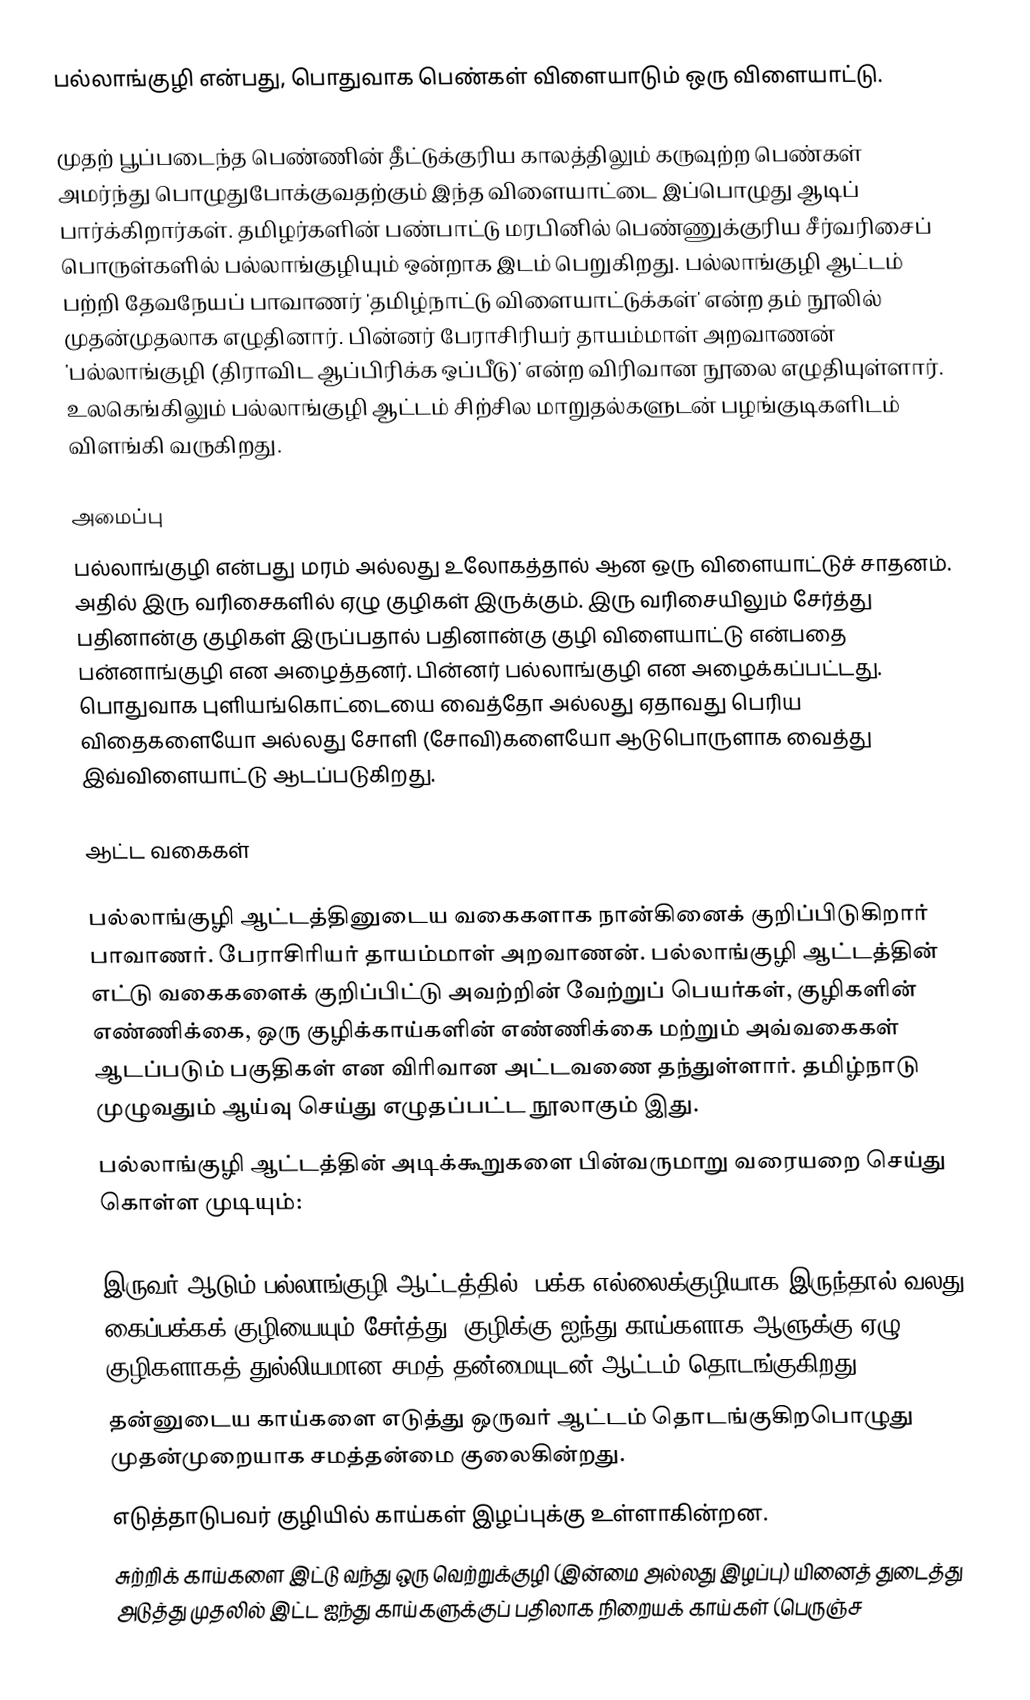
பல்லாங்குழி என்பது, பொதுவாக பெண்கள் விளையாடும் ஒரு விளையாட்டு.

முதற் பூப்படைந்த பெண்ணின் தீட்டுக்குரிய காலத்திலும் கருவுற்ற பெண்கள் அமர்ந்து பொழுதுபோக்குவதற்கும் இந்த விளையாட்டை இப்பொழுது ஆடிப் பார்க்கிறார்கள். தமிழர்களின் பண்பாட்டு மரபினில் பெண்ணுக்குரிய சீர்வரிசைப் பொருள்களில் பல்லாங்குழியும் ஒன்றாக இடம் பெறுகிறது. பல்லாங்குழி ஆட்டம் பற்றி தேவநேயப் பாவாணர் 'தமிழ்நாட்டு விளையாட்டுக்கள்' என்ற தம் நூலில் முதன்முதலாக எழுதினார். பின்னர் பேராசிரியர் தாயம்மாள் அறவாணன் 'பல்லாங்குழி (திராவிட ஆப்பிரிக்க ஒப்பீடு)' என்ற விரிவான நூலை எழுதியுள்ளார். உலகெங்கிலும் பல்லாங்குழி ஆட்டம் சிற்சில மாறுதல்களுடன் பழங்குடிகளிடம் விளங்கி வருகிறது.

அமைப்பு
பல்லாங்குழி என்பது மரம் அல்லது உலோகத்தால் ஆன ஒரு விளையாட்டுச் சாதனம். அதில் இரு வரிசைகளில் ஏழு குழிகள் இருக்கும். இரு வரிசையிலும் சேர்த்து பதினான்கு குழிகள் இருப்பதால் பதினான்கு குழி விளையாட்டு என்பதை பன்னாங்குழி என அழைத்தனர். பின்னர் பல்லாங்குழி என அழைக்கப்பட்டது. பொதுவாக புளியங்கொட்டையை வைத்தோ அல்லது ஏதாவது பெரிய விதைகளையோ அல்லது சோளி (சோவி)களையோ ஆடுபொருளாக வைத்து இவ்விளையாட்டு ஆடப்படுகிறது.

ஆட்ட வகைகள்

பல்லாங்குழி ஆட்டத்தினுடைய வகைகளாக நான்கினைக் குறிப்பிடுகிறார் பாவாணர். பேராசிரியர் தாயம்மாள் அறவாணன். பல்லாங்குழி ஆட்டத்தின் எட்டு வகைகளைக் குறிப்பிட்டு அவற்றின் வேற்றுப் பெயர்கள், குழிகளின் எண்ணிக்கை, ஒரு குழிக்காய்களின் எண்ணிக்கை மற்றும் அவ்வகைகள் ஆடப்படும் பகுதிகள் என விரிவான அட்டவணை தந்துள்ளார். தமிழ்நாடு முழுவதும் ஆய்வு செய்து எழுதப்பட்ட நூலாகும் இது.
பல்லாங்குழி ஆட்டத்தின் அடிக்கூறுகளை பின்வருமாறு வரையறை செய்து கொள்ள முடியும்:

 இருவர் ஆடும் பல்லாங்குழி ஆட்டத்தில் (பக்க எல்லைக்குழியாக இருந்தால் வலது கைப்பக்கக் குழியையும் சேர்த்து) குழிக்கு ஐந்து காய்களாக ஆளுக்கு ஏழு குழிகளாகத் துல்லியமான சமத் தன்மையுடன் ஆட்டம் தொடங்குகிறது.
 தன்னுடைய காய்களை எடுத்து ஒருவர் ஆட்டம் தொடங்குகிறபொழுது முதன்முறையாக சமத்தன்மை குலைகின்றது.
 எடுத்தாடுபவர் குழியில் காய்கள் இழப்புக்கு உள்ளாகின்றன.
 சுற்றிக் காய்களை இட்டு வந்து ஒரு வெற்றுக்குழி (இன்மை அல்லது இழப்பு) யினைத் துடைத்து அடுத்து முதலில் இட்ட ஐந்து காய்களுக்குப் பதிலாக நிறையக் காய்கள் (பெருஞ்ச